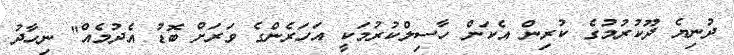
ދުނިޔެ ދޫކުރުމުގެ ކުރިން އެކަން ހާސިލްކުރުމަކީ އަހަރެންގެ ވަރަށް ބޮޑު އެދުމެއް" ނިހާދު